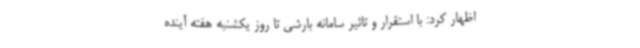
اظهار کرد: با استقرار و تاثیر سامانه بارشی تا روز یکشنبه هفته آینده